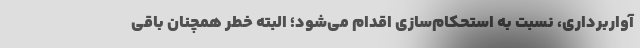
آواربرداری، نسبت به استحکام‌سازی اقدام می‌شود؛ البته خطر همچنان باقی